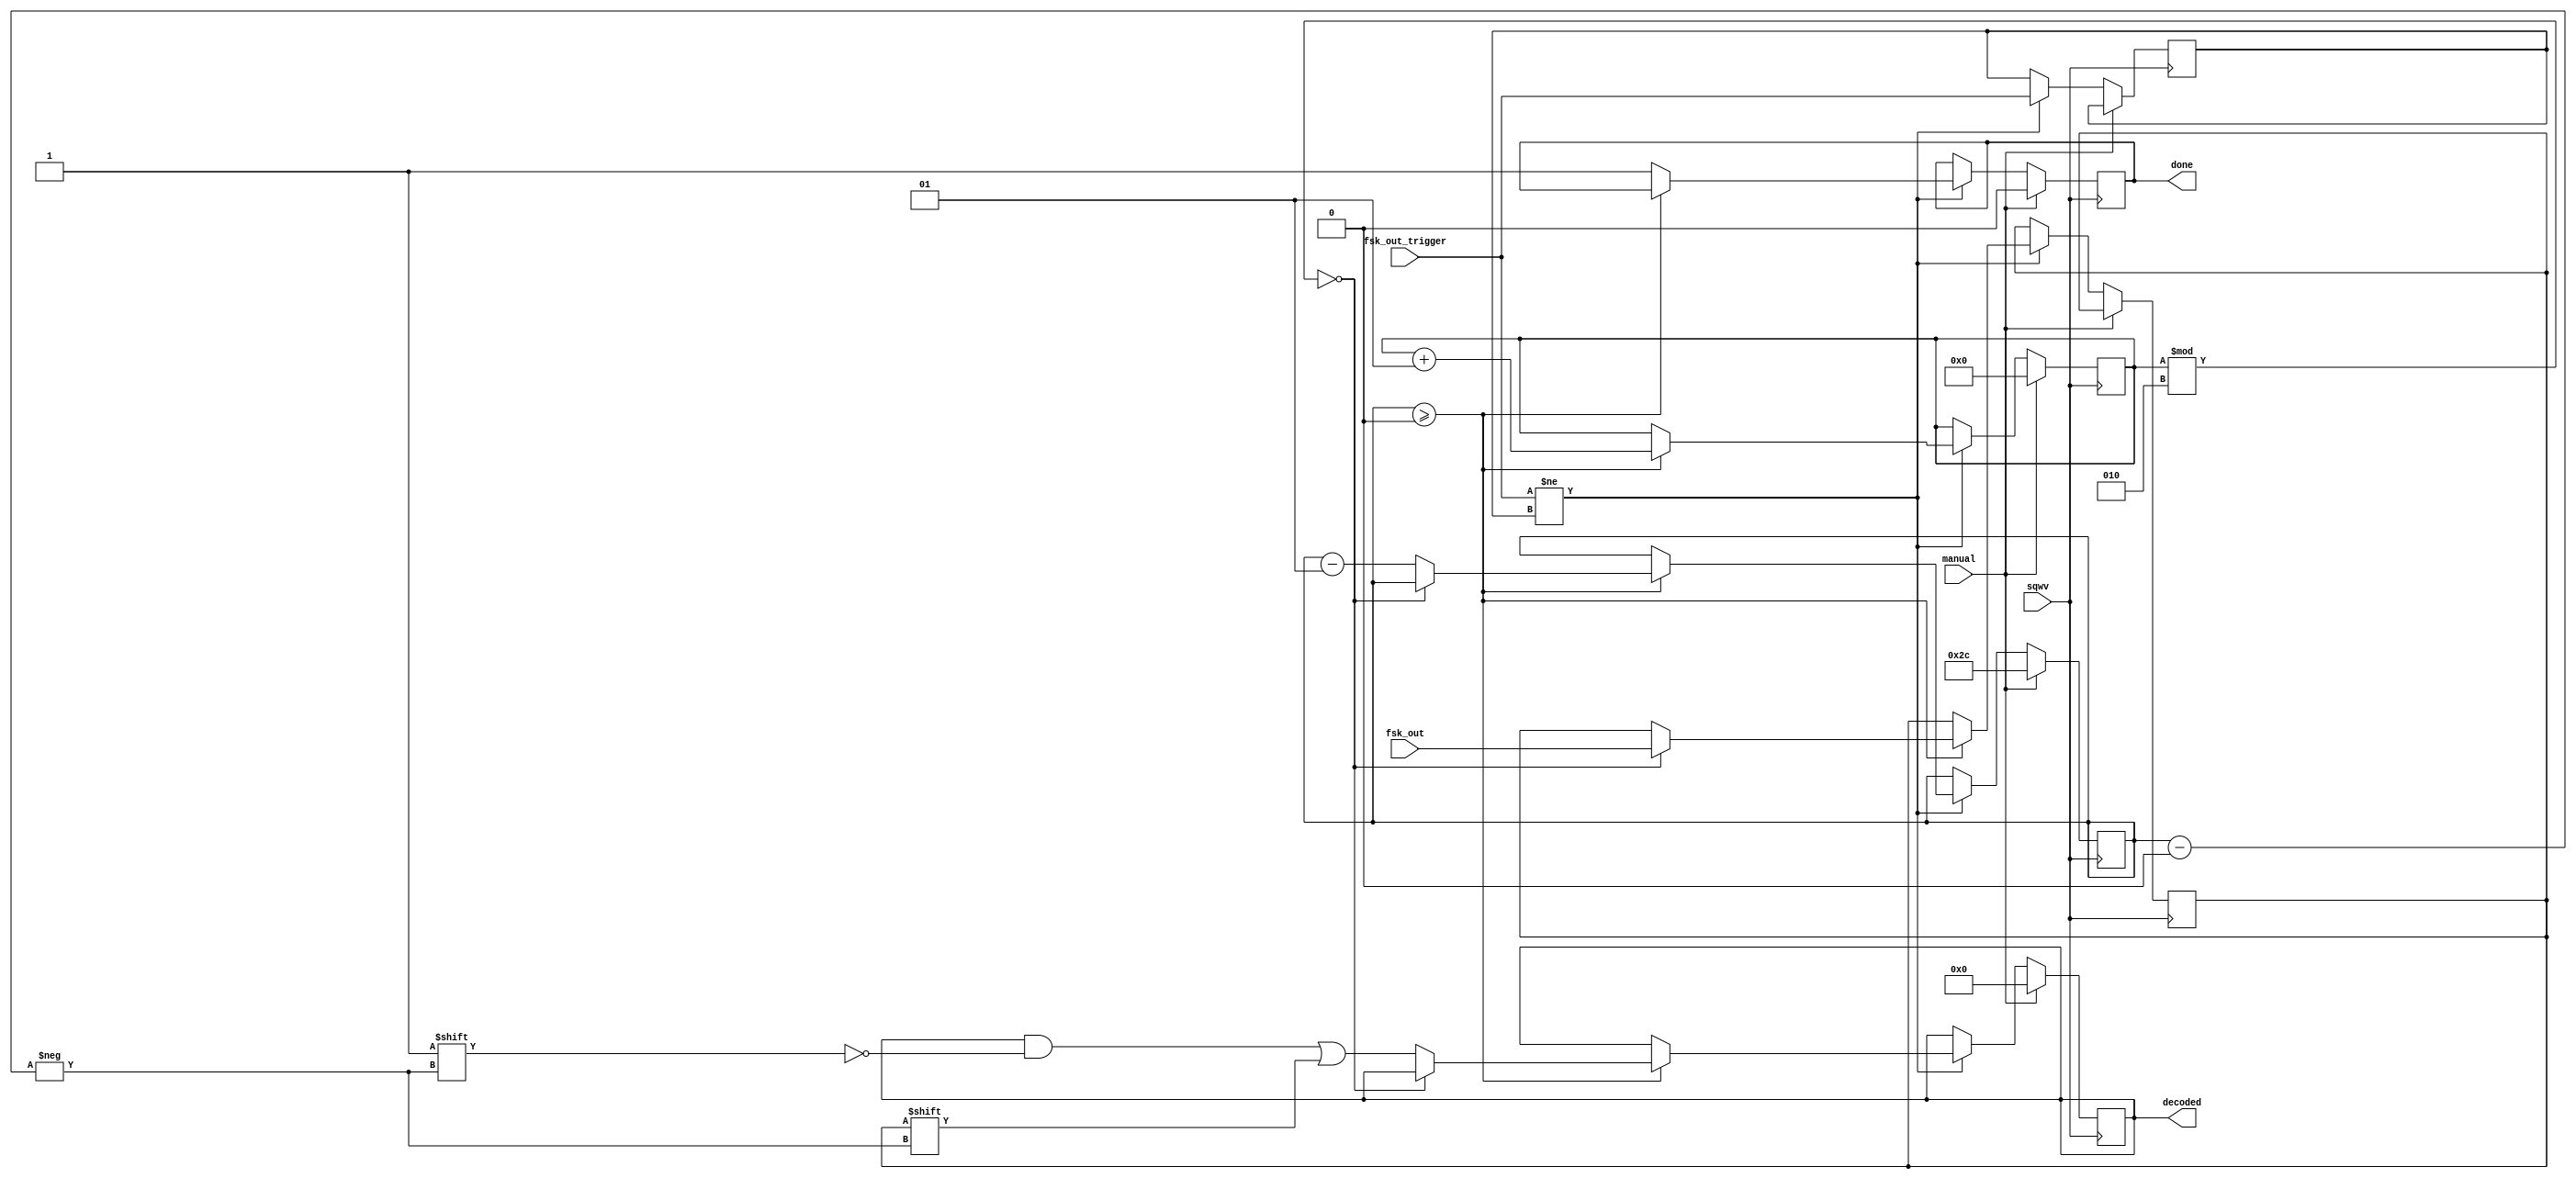
`timescale 1ns / 1ps
//////////////////////////////////////////////////////////////////////////////////
// Company: 
// Engineer: 
// 
// Design Name: 
// Module Name:    mchester_decode 
// Project Name: 
// Target Devices: 
// Tool versions: 
// Description: 
//
// Dependencies: 
//
// Revision: 
// Revision 0.01 - File Created
// Additional Comments: 
//
//////////////////////////////////////////////////////////////////////////////////
module mchester_decode(
	 input sqwv,
    input fsk_out_trigger,
    input fsk_out,
	 input manual,
    output reg [44:0] decoded,
	 output reg done
	 );

	reg prev_trig;
	integer bits_rcvd;
	integer bits_left;
	reg odd_bit, even_bit;
	
	initial begin
		bits_rcvd = 0;
		bits_left = 44;
		decoded = 0;
		done = 0;
	end
	
	always @(posedge sqwv) begin
		if (manual == 1) begin
			bits_rcvd <= 0;
			bits_left <= 44;
			decoded <= 0;
			done <= 0;
		end
		else if (fsk_out_trigger != prev_trig) begin
			if (bits_left >= 0) begin
				if (bits_rcvd % 2 == 0) begin
					even_bit <= fsk_out;
					end
				else begin
				/*
					odd_bit <= fsk_out;
					if (even_bit < odd_bit) decoded[bits_left] <= 0;
					else decoded[bits_left] <= 1; //or maybe else error?
					bits_left <= bits_left - 1;
					*/
					// no error correction
					decoded[bits_left] <= even_bit;
					bits_left <= bits_left - 1;
				end
				bits_rcvd <= bits_rcvd + 1;
			end
			else done <= 1;
			prev_trig <= fsk_out_trigger;
		end
	end

endmodule